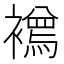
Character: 𧞌